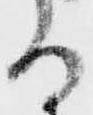
る